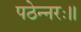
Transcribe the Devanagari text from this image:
पठेन्नरः॥